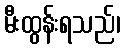
မီးထွန်းရသည်၊